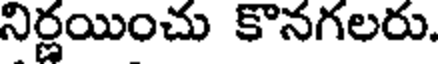
నిర్ణయించు కొనగలరు.